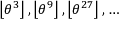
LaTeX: \left\lfloor \theta ^ { 3 } \right\rfloor , \left\lfloor \theta ^ { 9 } \right\rfloor , \left\lfloor \theta ^ { 2 7 } \right\rfloor , \dots